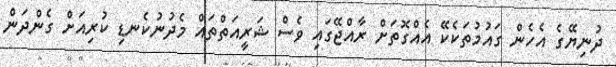
ދުނިޔޭގެ އެހެން ގައުމުތަކެކޭ އެއްގޮތަށް ރާއްޖޭގައި ވެސް ޝަރީއަތްތައް މެދުނުކެނޑި ކުރިއަށް ގެންދަން